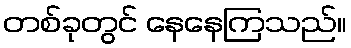
တစ်ခုတွင် နေနေကြသည်။